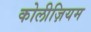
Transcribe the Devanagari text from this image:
कोलीज़ियम